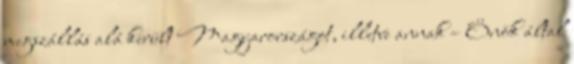
megszállás alá került Magyarországot, illetve annak – Önök által